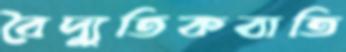
বৈদ্যুতিকবাতি